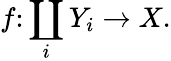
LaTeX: f\colon\coprod_{i}Y_{i}\to X.